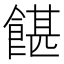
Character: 𩜱